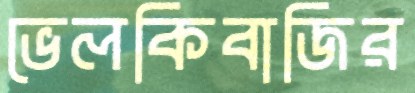
ভেলকিবাজির